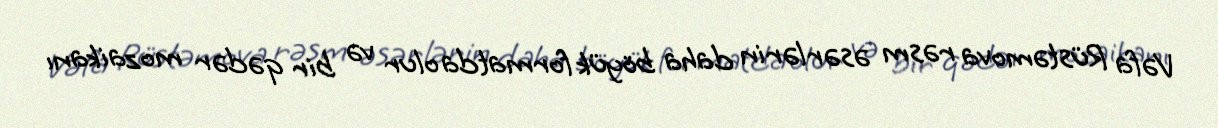
Vəfa Rüstəmova rəsm əsərlərin daha böyük formatda olur və bir qədər mozaikanı